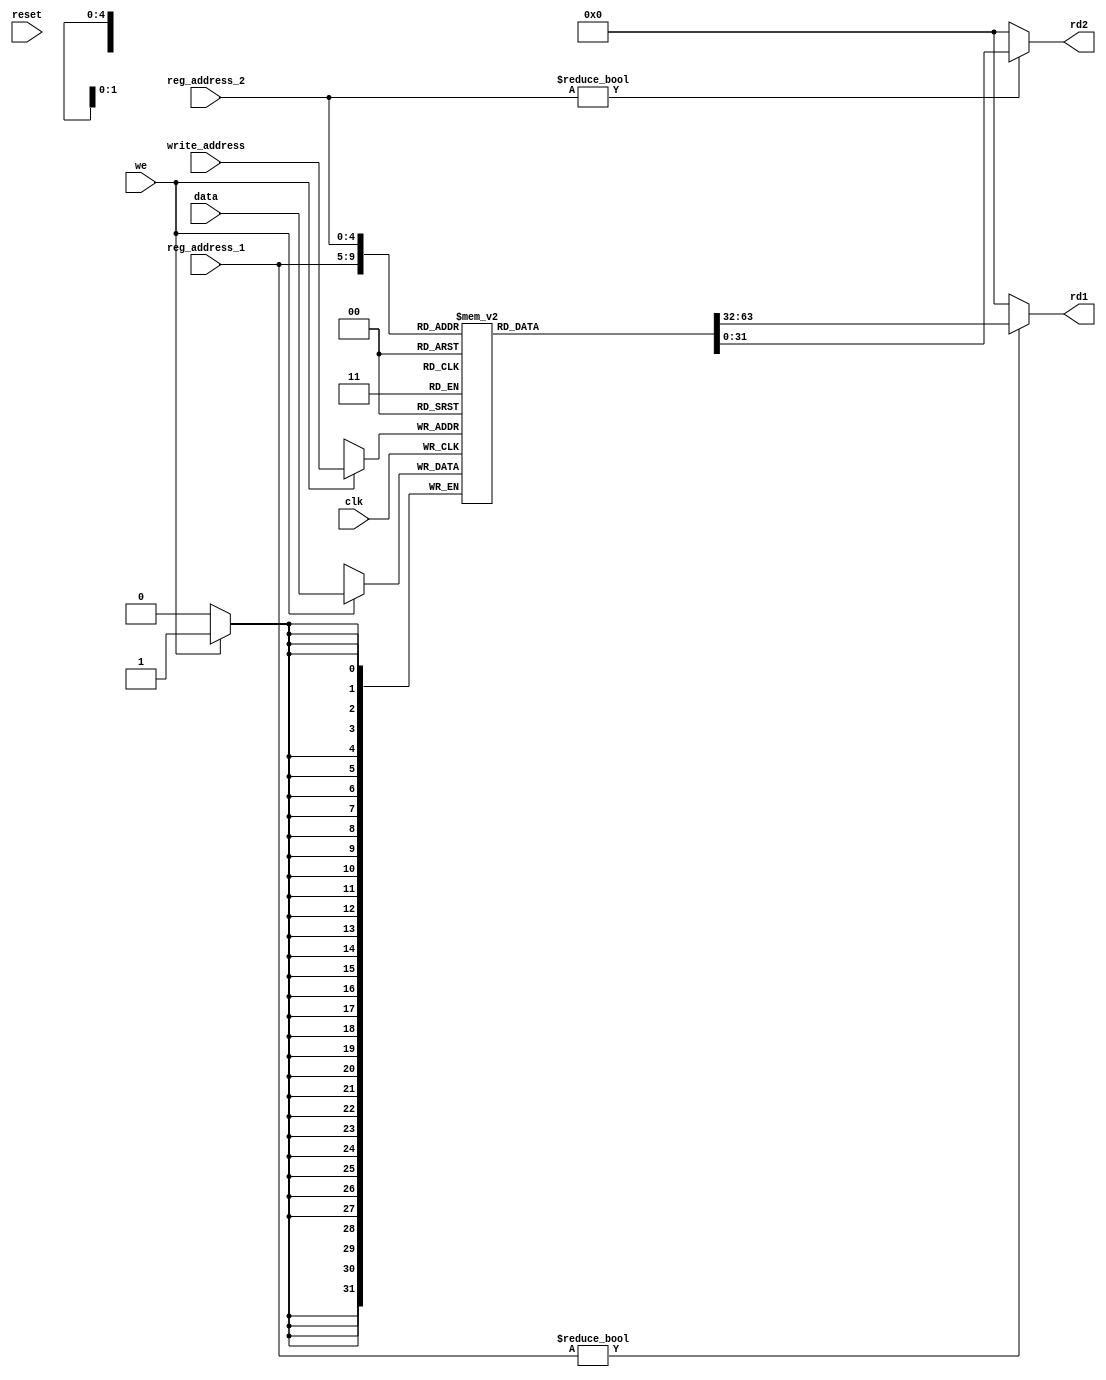
`timescale 1 ns / 1 ps
module RF(input         clk, reset,
               input         we, 
               input  [4:0]  reg_address_1, reg_address_2, write_address, 
               input  [31:0] data, 
               output [31:0] rd1, rd2);

  reg [31:0] regFile[31:0];
  reg [31:0] ints;
integer k;

initial begin
  for(k = 0; k < 32; k = k+1)
    regFile[k] <= 0;
  end

  always @(negedge clk)
  begin
      if (we) regFile[write_address] <= data;
end

  assign rd1 = (reg_address_1 != 0) ? regFile[reg_address_1] : 0;
  assign rd2 = (reg_address_2 != 0) ? regFile[reg_address_2] : 0;
  
  
  //reg 29 stack pointer
  
endmodule